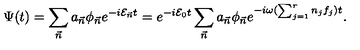
\Psi ( t ) = \sum _ { \vec { n } } a _ { \vec { n } } \phi _ { \vec { n } } e ^ { - i { \cal E } _ { \vec { n } } t } = e ^ { - i { \cal E } _ { 0 } t } \sum _ { \vec { n } } a _ { \vec { n } } \phi _ { \vec { n } } e ^ { - i \omega ( \sum _ { j = 1 } ^ { r } n _ { j } f _ { j } ) t } .